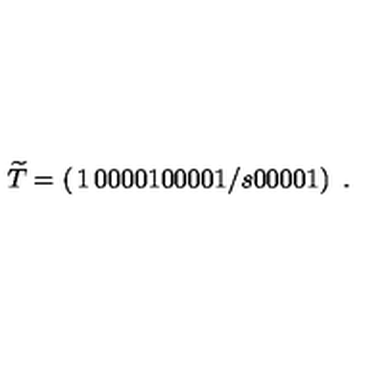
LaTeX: \widetilde { T } = \left( \begin{matrix} { 1 } & { 0 } & { 0 } & { 0 } \\ { 0 } & { 1 } & { 0 } & { 0 } \\ { 0 } & { 0 } & { 1 / s } & { 0 } \\ { 0 } & { 0 } & { 0 } & { 1 } \\ \end{matrix} \right) \ .